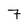
Character: 7